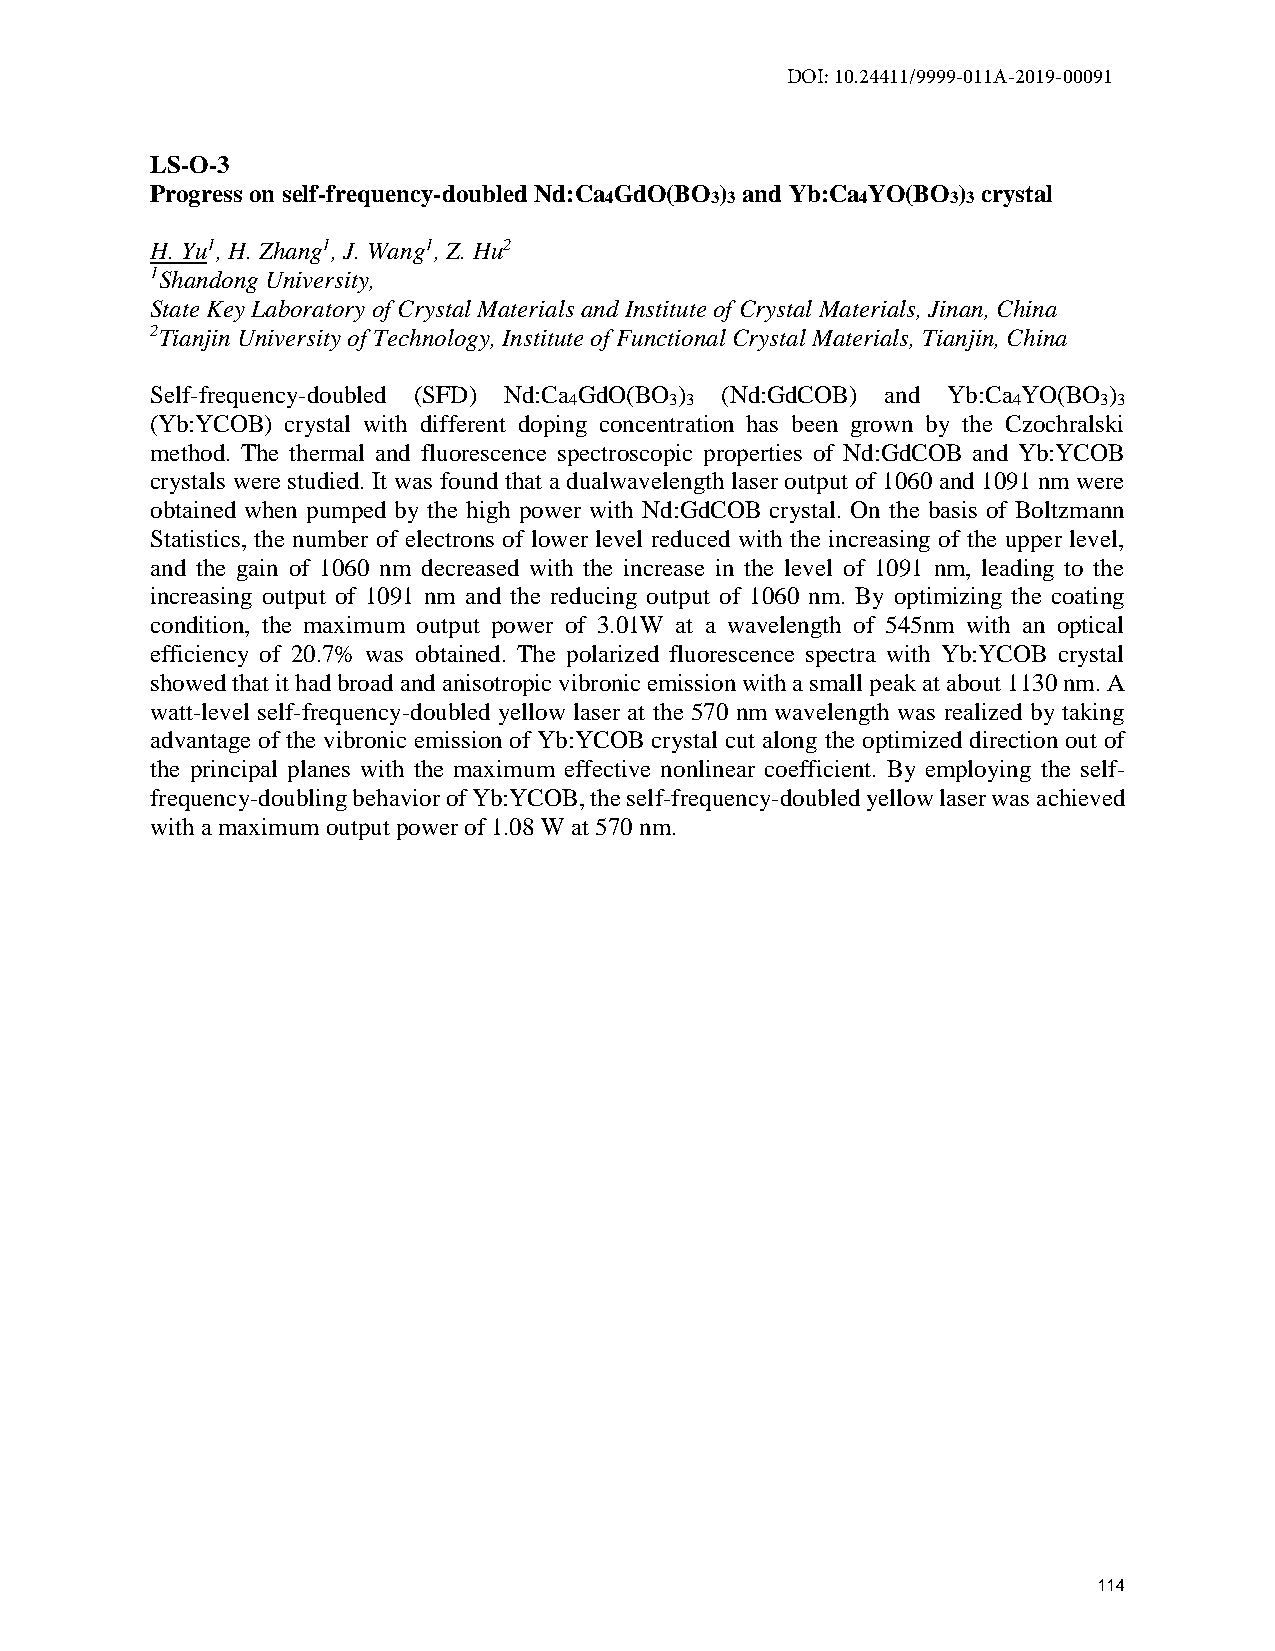
DOI: 10.24411/9999-011A-2019-00091
 LS-O-3
 Progress on self-frequency-doubled Nd:Ca GdO(BO ) and Yb:Ca YO(BO ) crystal
 4      3 3       4     3 3
 H. Yu1, H. Zhang1, J. Wang1, Z. Hu2
 1Shandong University,
 State Key Laboratory of Crystal Materials and Institute of Crystal Materials, Jinan, China
 2Tianjin University of Technology, Institute of Functional Crystal Materials, Tianjin, China
 Self-frequency-doubled (SFD) Nd:Ca GdO(BO ) (Nd:GdCOB) and Yb:Ca YO(BO )
 4     3 3                    4     3 3
 (Yb:YCOB) crystal with different doping concentration has been grown by the Czochralski
 method. The thermal and fluorescence spectroscopic properties of Nd:GdCOB and Yb:YCOB
 crystals were studied. It was found that a dualwavelength laser output of 1060 and 1091 nm were
 obtained when pumped by the high power with Nd:GdCOB crystal. On the basis of Boltzmann
 Statistics, the number of electrons of lower level reduced with the increasing of the upper level,
 and the gain of 1060 nm decreased with the increase in the level of 1091 nm, leading to the
 increasing output of 1091 nm and the reducing output of 1060 nm. By optimizing the coating
 condition, the maximum output power of 3.01W at a wavelength of 545nm with an optical
 efficiency of 20.7% was obtained. The polarized fluorescence spectra with Yb:YCOB crystal
 showed that it had broad and anisotropic vibronic emission with a small peak at about 1130 nm. A
 watt-level self-frequency-doubled yellow laser at the 570 nm wavelength was realized by taking
 advantage of the vibronic emission of Yb:YCOB crystal cut along the optimized direction out of
 the principal planes with the maximum effective nonlinear coefficient. By employing the self-
 frequency-doubling behavior of Yb:YCOB, the self-frequency-doubled yellow laser was achieved
 with a maximum output power of 1.08 W at 570 nm.
 114